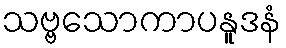
သဗ္ဗသောကာပနူဒနံ